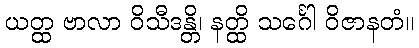
ယတ္ထ ဗာလာ ဝိသီဒန္တိ၊ နတ္ထိ သင်္ဂေါ ဝိဇာနတံ။